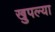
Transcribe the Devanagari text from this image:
खुपल्या